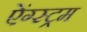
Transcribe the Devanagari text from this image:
ऐंग्स्ट्रम